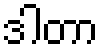
ဒါတာ